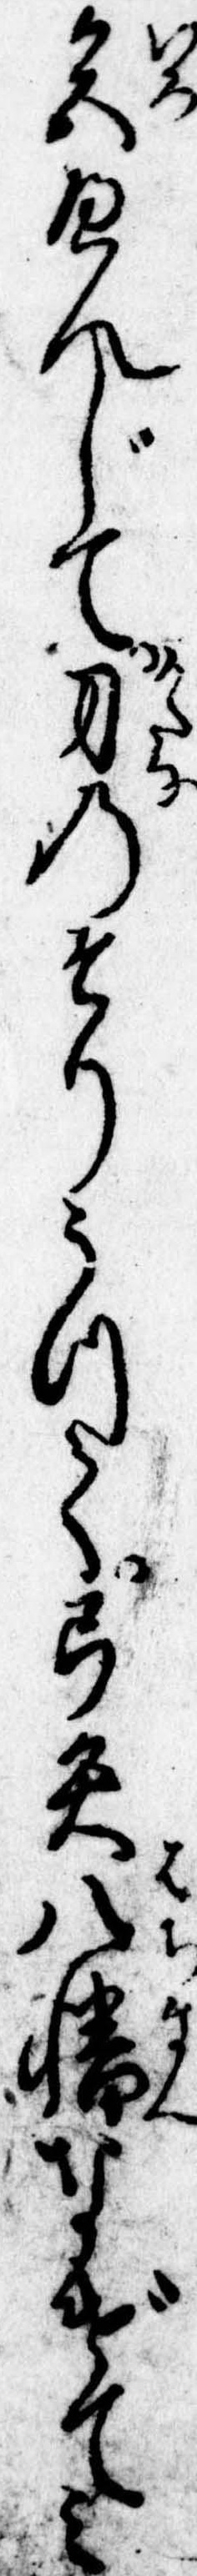
色へんじて刀のそりうつて弓矢八幡なげてみ